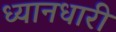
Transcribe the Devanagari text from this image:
ध्यानधारी